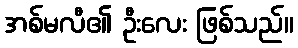
အစ်မလီ၏ ဦးလေး ဖြစ်သည်။